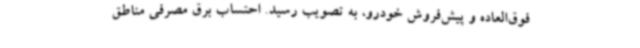
فوق‌العاده و پیش‌فروش خودرو، به تصویب رسید. احتساب برق مصرفی مناطق